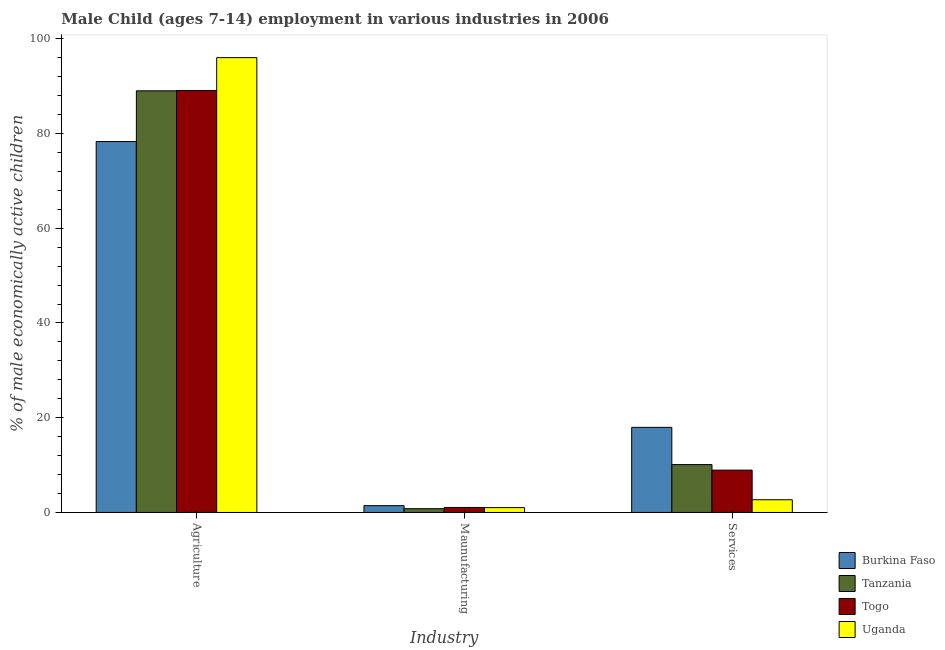
| Industry | Burkina Faso | Tanzania | Togo | Uganda |
 | --- | --- | --- | --- | --- |
 | Agriculture | 78.3 | 89 | 89.1 | 96 |
 | Maunufacturing | 1.44 | 0.8 | 1.06 | 1.03 |
 | Services | 18 | 10.1 | 8.94 | 2.69 |